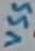
Text: VSS